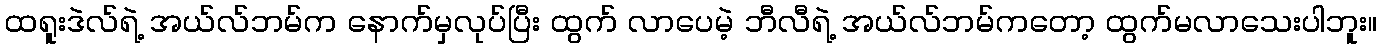
ထရူးဒဲလ်ရဲ့ အယ်လ်ဘမ်က နောက်မှလုပ်ပြီး ထွက် လာပေမဲ့ ဘီလီရဲ့ အယ်လ်ဘမ်ကတော့ ထွက်မလာသေးပါဘူး။